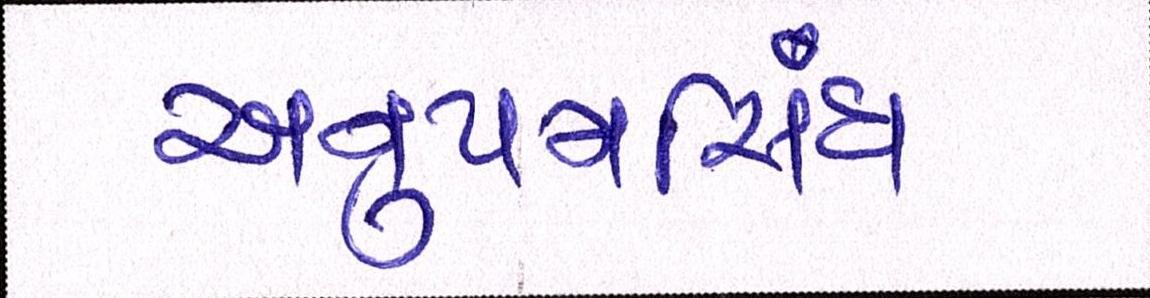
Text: અનુપમસિંઘ